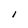
Character: I